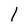
Character: 1